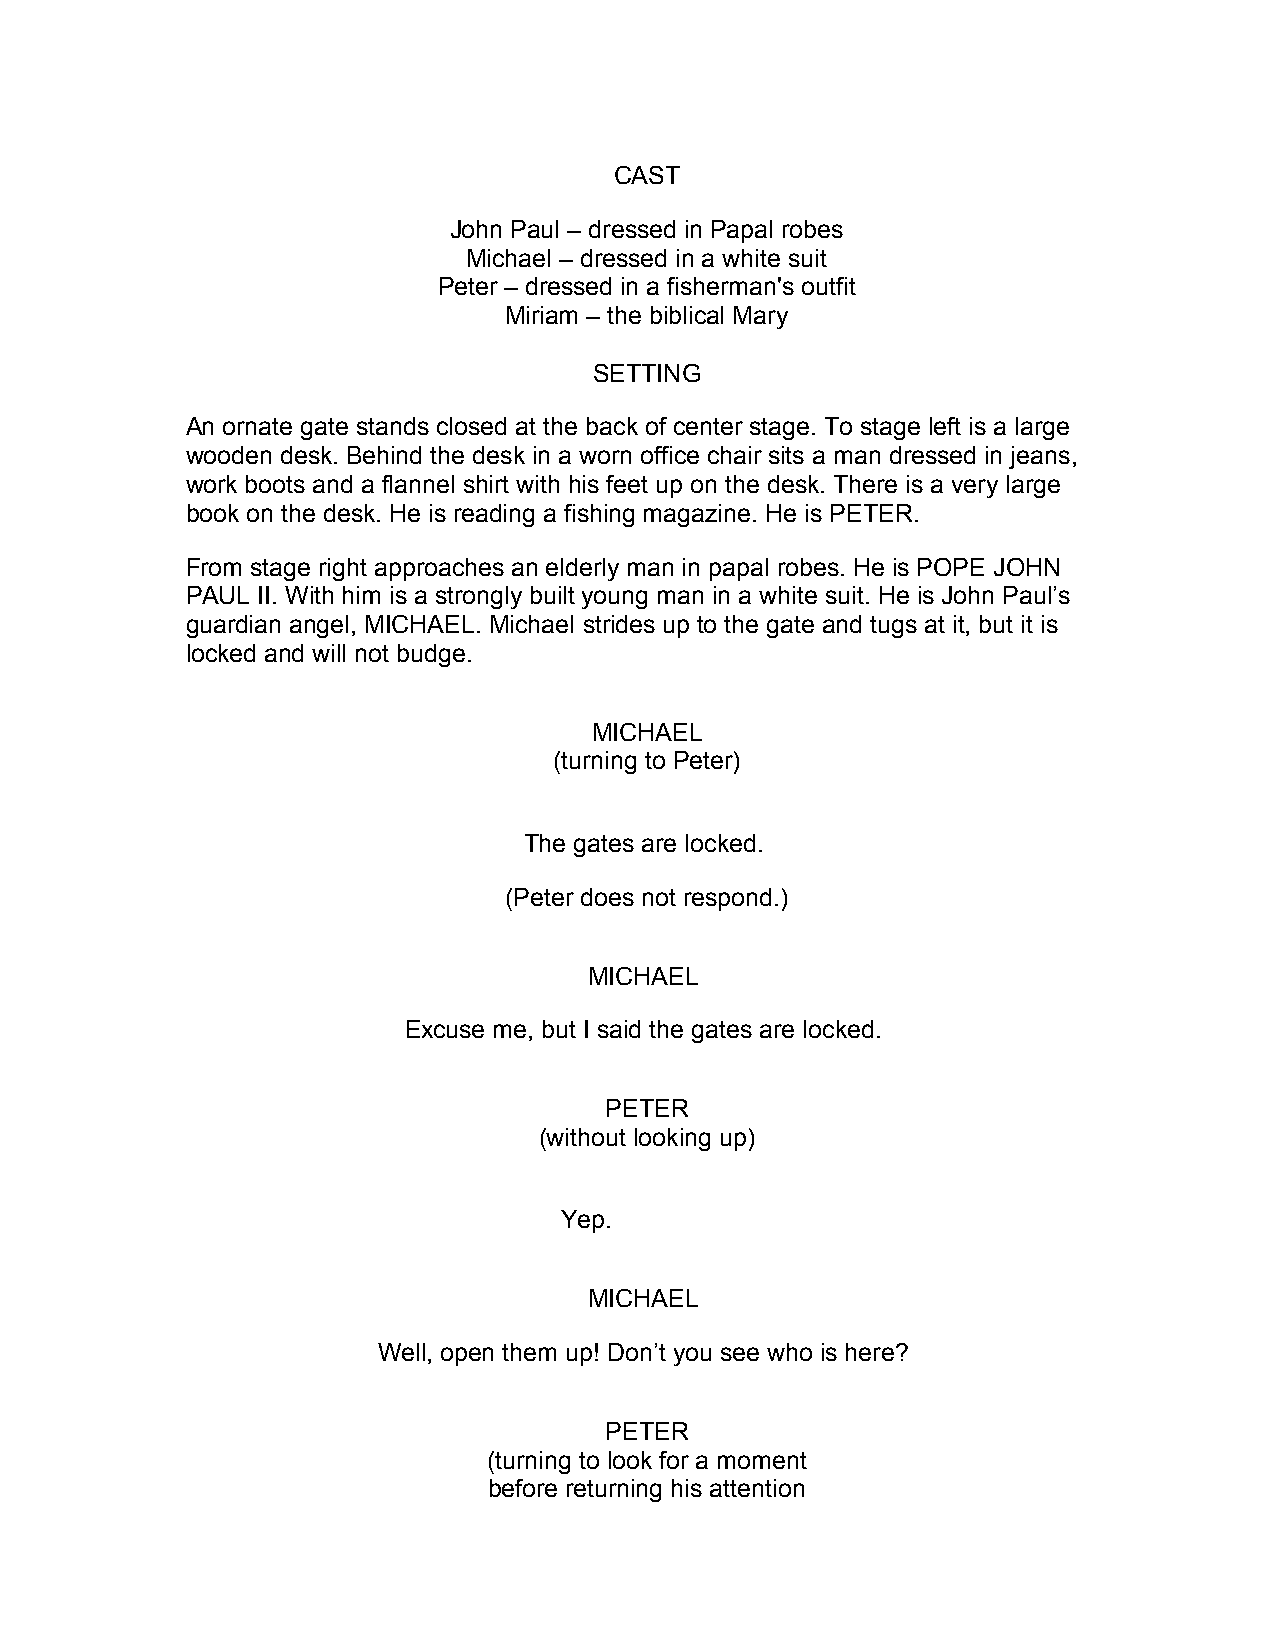
CAST
 John Paul – dressed in Papal robes
 Michael – dressed in a white suit
 Peter – dressed in a fisherman's outfit
 Miriam – the biblical Mary
 SETTING
 An ornate gate stands closed at the back of center stage. To stage left is a large
 wooden desk. Behind the desk in a worn office chair sits a man dressed in jeans,
 work boots and a flannel shirt with his feet up on the desk. There is a very large
 book on the desk. He is reading a fishing magazine. He is PETER.
 From stage right approaches an elderly man in papal robes. He is POPE JOHN
 PAUL II. With him is a strongly built young man in a white suit. He is John Paul’s
 guardian angel, MICHAEL. Michael strides up to the gate and tugs at it, but it is
 locked and will not budge.
 MICHAEL
 (turning to Peter)
 The gates are locked.
 (Peter does not respond.)
 MICHAEL
 Excuse me, but I said the gates are locked.
 PETER
 (without looking up)
 Yep.
 MICHAEL
 Well, open them up! Don’t you see who is here?
 PETER
 (turning to look for a moment
 before returning his attention